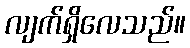
လျက်ရှိလေသည်။